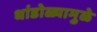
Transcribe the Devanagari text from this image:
धांडोळ्यामुळे